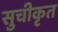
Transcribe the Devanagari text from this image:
सुचीकृत